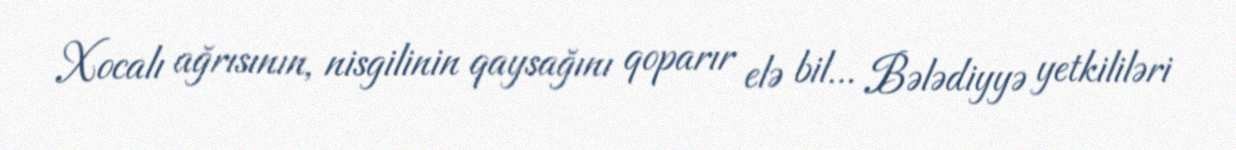
Xocalı ağrısının, nisgilinin qaysağını qoparır elə bil... Bələdiyyə yetkililəri